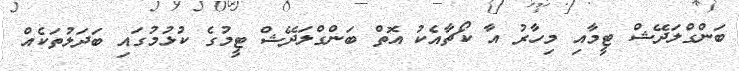
ބަންގްލަދޭޝް ޓީމާއި މިހާރު އާ ކޯޗާއެކު އޮތް ބަންގްލަދޭޝް ޓީމުގެ ކުޅުމުގައި ބަދަލުތަކެއް